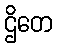
ဌိတေ